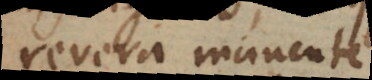
revera manente